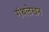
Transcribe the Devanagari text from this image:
गंथलेखन